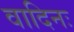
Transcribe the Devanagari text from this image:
वादिनः